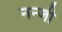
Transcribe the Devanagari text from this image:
नन्जी